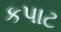
કપાટ